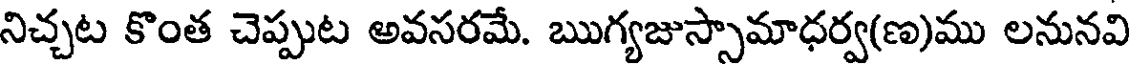
నిచ్చట కొంత చెప్పుట అవసరమే. ఋగ్యజుస్సామాధర్వ(ణ)ము లనునవి